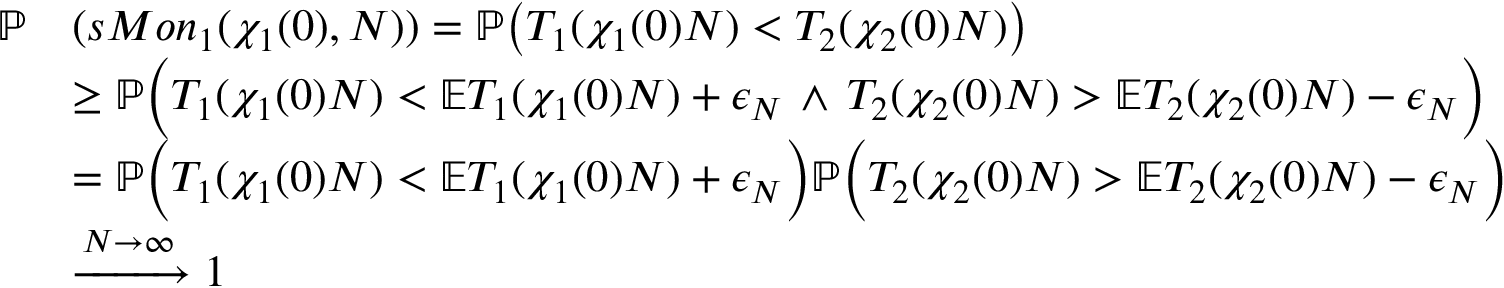
\begin{array} { r l } { \mathbb { P } } & { ( s M o n _ { 1 } ( \chi _ { 1 } ( 0 ) , N ) ) = \mathbb { P } \big ( T _ { 1 } ( \chi _ { 1 } ( 0 ) N ) < T _ { 2 } ( \chi _ { 2 } ( 0 ) N ) \big ) } \\ & { \ge \mathbb { P } \Big ( T _ { 1 } ( \chi _ { 1 } ( 0 ) N ) < \mathbb { E } T _ { 1 } ( \chi _ { 1 } ( 0 ) N ) + \epsilon _ { N } \, \wedge \, T _ { 2 } ( \chi _ { 2 } ( 0 ) N ) > \mathbb { E } T _ { 2 } ( \chi _ { 2 } ( 0 ) N ) - \epsilon _ { N } \Big ) } \\ & { = \mathbb { P } \Big ( T _ { 1 } ( \chi _ { 1 } ( 0 ) N ) < \mathbb { E } T _ { 1 } ( \chi _ { 1 } ( 0 ) N ) + \epsilon _ { N } \Big ) \mathbb { P } \Big ( T _ { 2 } ( \chi _ { 2 } ( 0 ) N ) > \mathbb { E } T _ { 2 } ( \chi _ { 2 } ( 0 ) N ) - \epsilon _ { N } \Big ) } \\ & { \xrightarrow { N \to \infty } 1 } \end{array}